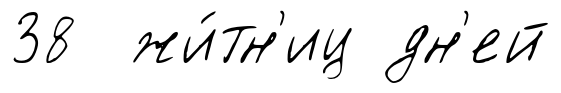
38 жи́тн'иц дн'ей